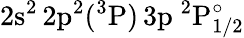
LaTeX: \mathrm{2s^{2}\, 2p^{2}(^{3}P)\, 3p~^{2}P_{1/2}^{\circ}}